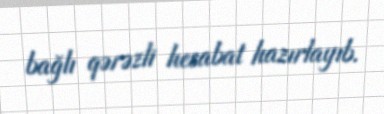
bağlı qərəzli hesabat hazırlayıb.